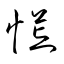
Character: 慌